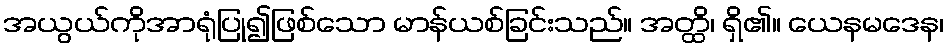
အယွယ်ကိုအာရုံပြု၍ဖြစ်သော မာန်ယစ်ခြင်းသည်။ အတ္ထိ၊ ရှိ၏။ ယေနမဒေန၊